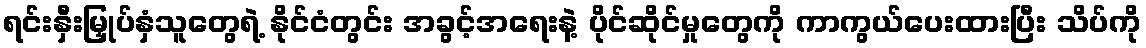
ရင်းနှီးမြှုပ်နှံသူတွေရဲ့ နိုင်ငံတွင်း အခွင့်အရေးနဲ့ ပိုင်ဆိုင်မှုတွေကို ကာကွယ်ပေးထားပြီး သိပ်ကို